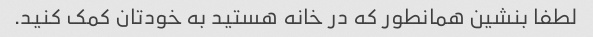
لطفا بنشین همانطور که در خانه هستید به خودتان کمک کنید.